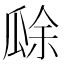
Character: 𤬀